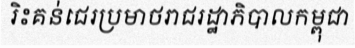
រិះគន់ជេរប្រមាថរាជរដ្ឋាភិបាលកម្ពុជា